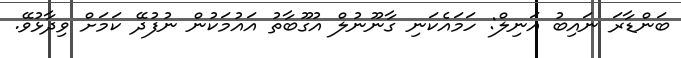
ބަންޑާރަ ނައިބު އަނިލް: ހަމައެކަނި ގާނޫނުލް އުގޫބާތު އައުމަކުން ނުފުދޭ ކަމަށް ވިދާޅުވޭ.